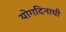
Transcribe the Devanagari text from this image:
योगदिनाची